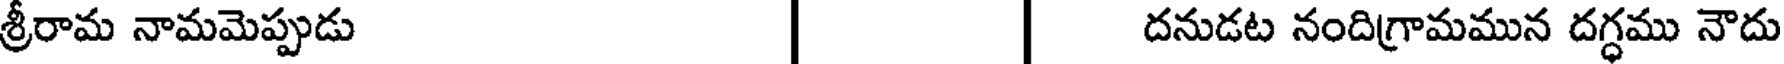
శ్రీరామ నామమెప్పుడు | | దనుడట నందిగ్రామమున దగ్ధము నౌదు